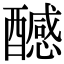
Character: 𨣝